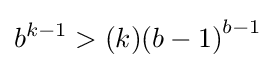
b^{k-1}>(k){(b-1)}^{b-1}